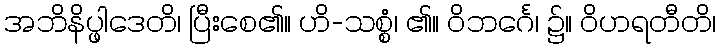
အဘိနိပ္ဖါဒေတိ၊ ပြီးစေ၏။ ဟိ-သစ္စံ၊ ၏။ ဝိဘင်္ဂေ၊ ၌။ ဝိဟရတီတိ၊